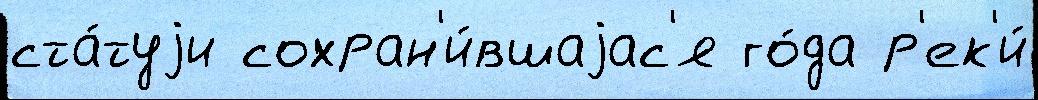
ста́туjи сохран'и́вшаjас'я го́да р'ек'и́